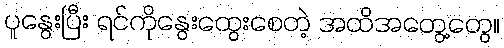
ပူနွေးပြီး ရင်ကိုနွေးထွေးစေတဲ့ အထိအတွေ့တွေ။